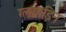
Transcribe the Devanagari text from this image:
ग्लयाडिन